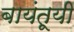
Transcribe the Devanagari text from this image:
बायंतूयी